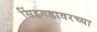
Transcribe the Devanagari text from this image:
सिंहगडावरच्या